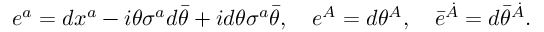
e ^ { a } = d x ^ { a } - i \theta \sigma ^ { a } d \bar { \theta } + i d \theta \sigma ^ { a } \bar { \theta } , \quad e ^ { A } = d \theta ^ { A } , \quad \bar { e } ^ { \dot { A } } = d \bar { \theta } ^ { \dot { A } } .